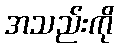
အသည်းကို